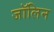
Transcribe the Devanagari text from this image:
जॉलिन